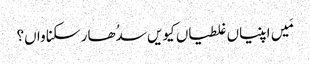
مَیں اپنیاں غلطیاں کیویں سدُھار سکنا واں؟